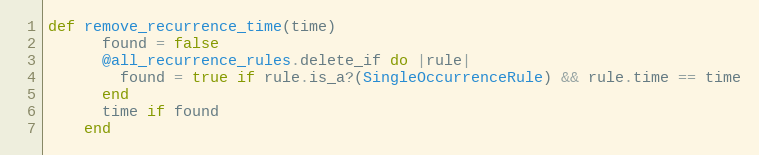
Language: Ruby
def remove_recurrence_time(time)
      found = false
      @all_recurrence_rules.delete_if do |rule|
        found = true if rule.is_a?(SingleOccurrenceRule) && rule.time == time
      end
      time if found
    end